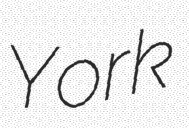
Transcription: York